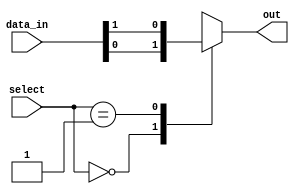
module multiplexer_64to1(
    input [63:0] data_in,
    input [5:0] select,
    output reg out
    );
    
    always @(*) begin
        case(select)
            6'b000000: out = data_in[0];
            6'b000001: out = data_in[1];
            //continue with cases for data_in[2] to data_in[63]
            //...
            default: out = 1'bx; //undefined
        endcase
    end
    
endmodule